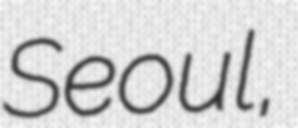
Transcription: Seoul,